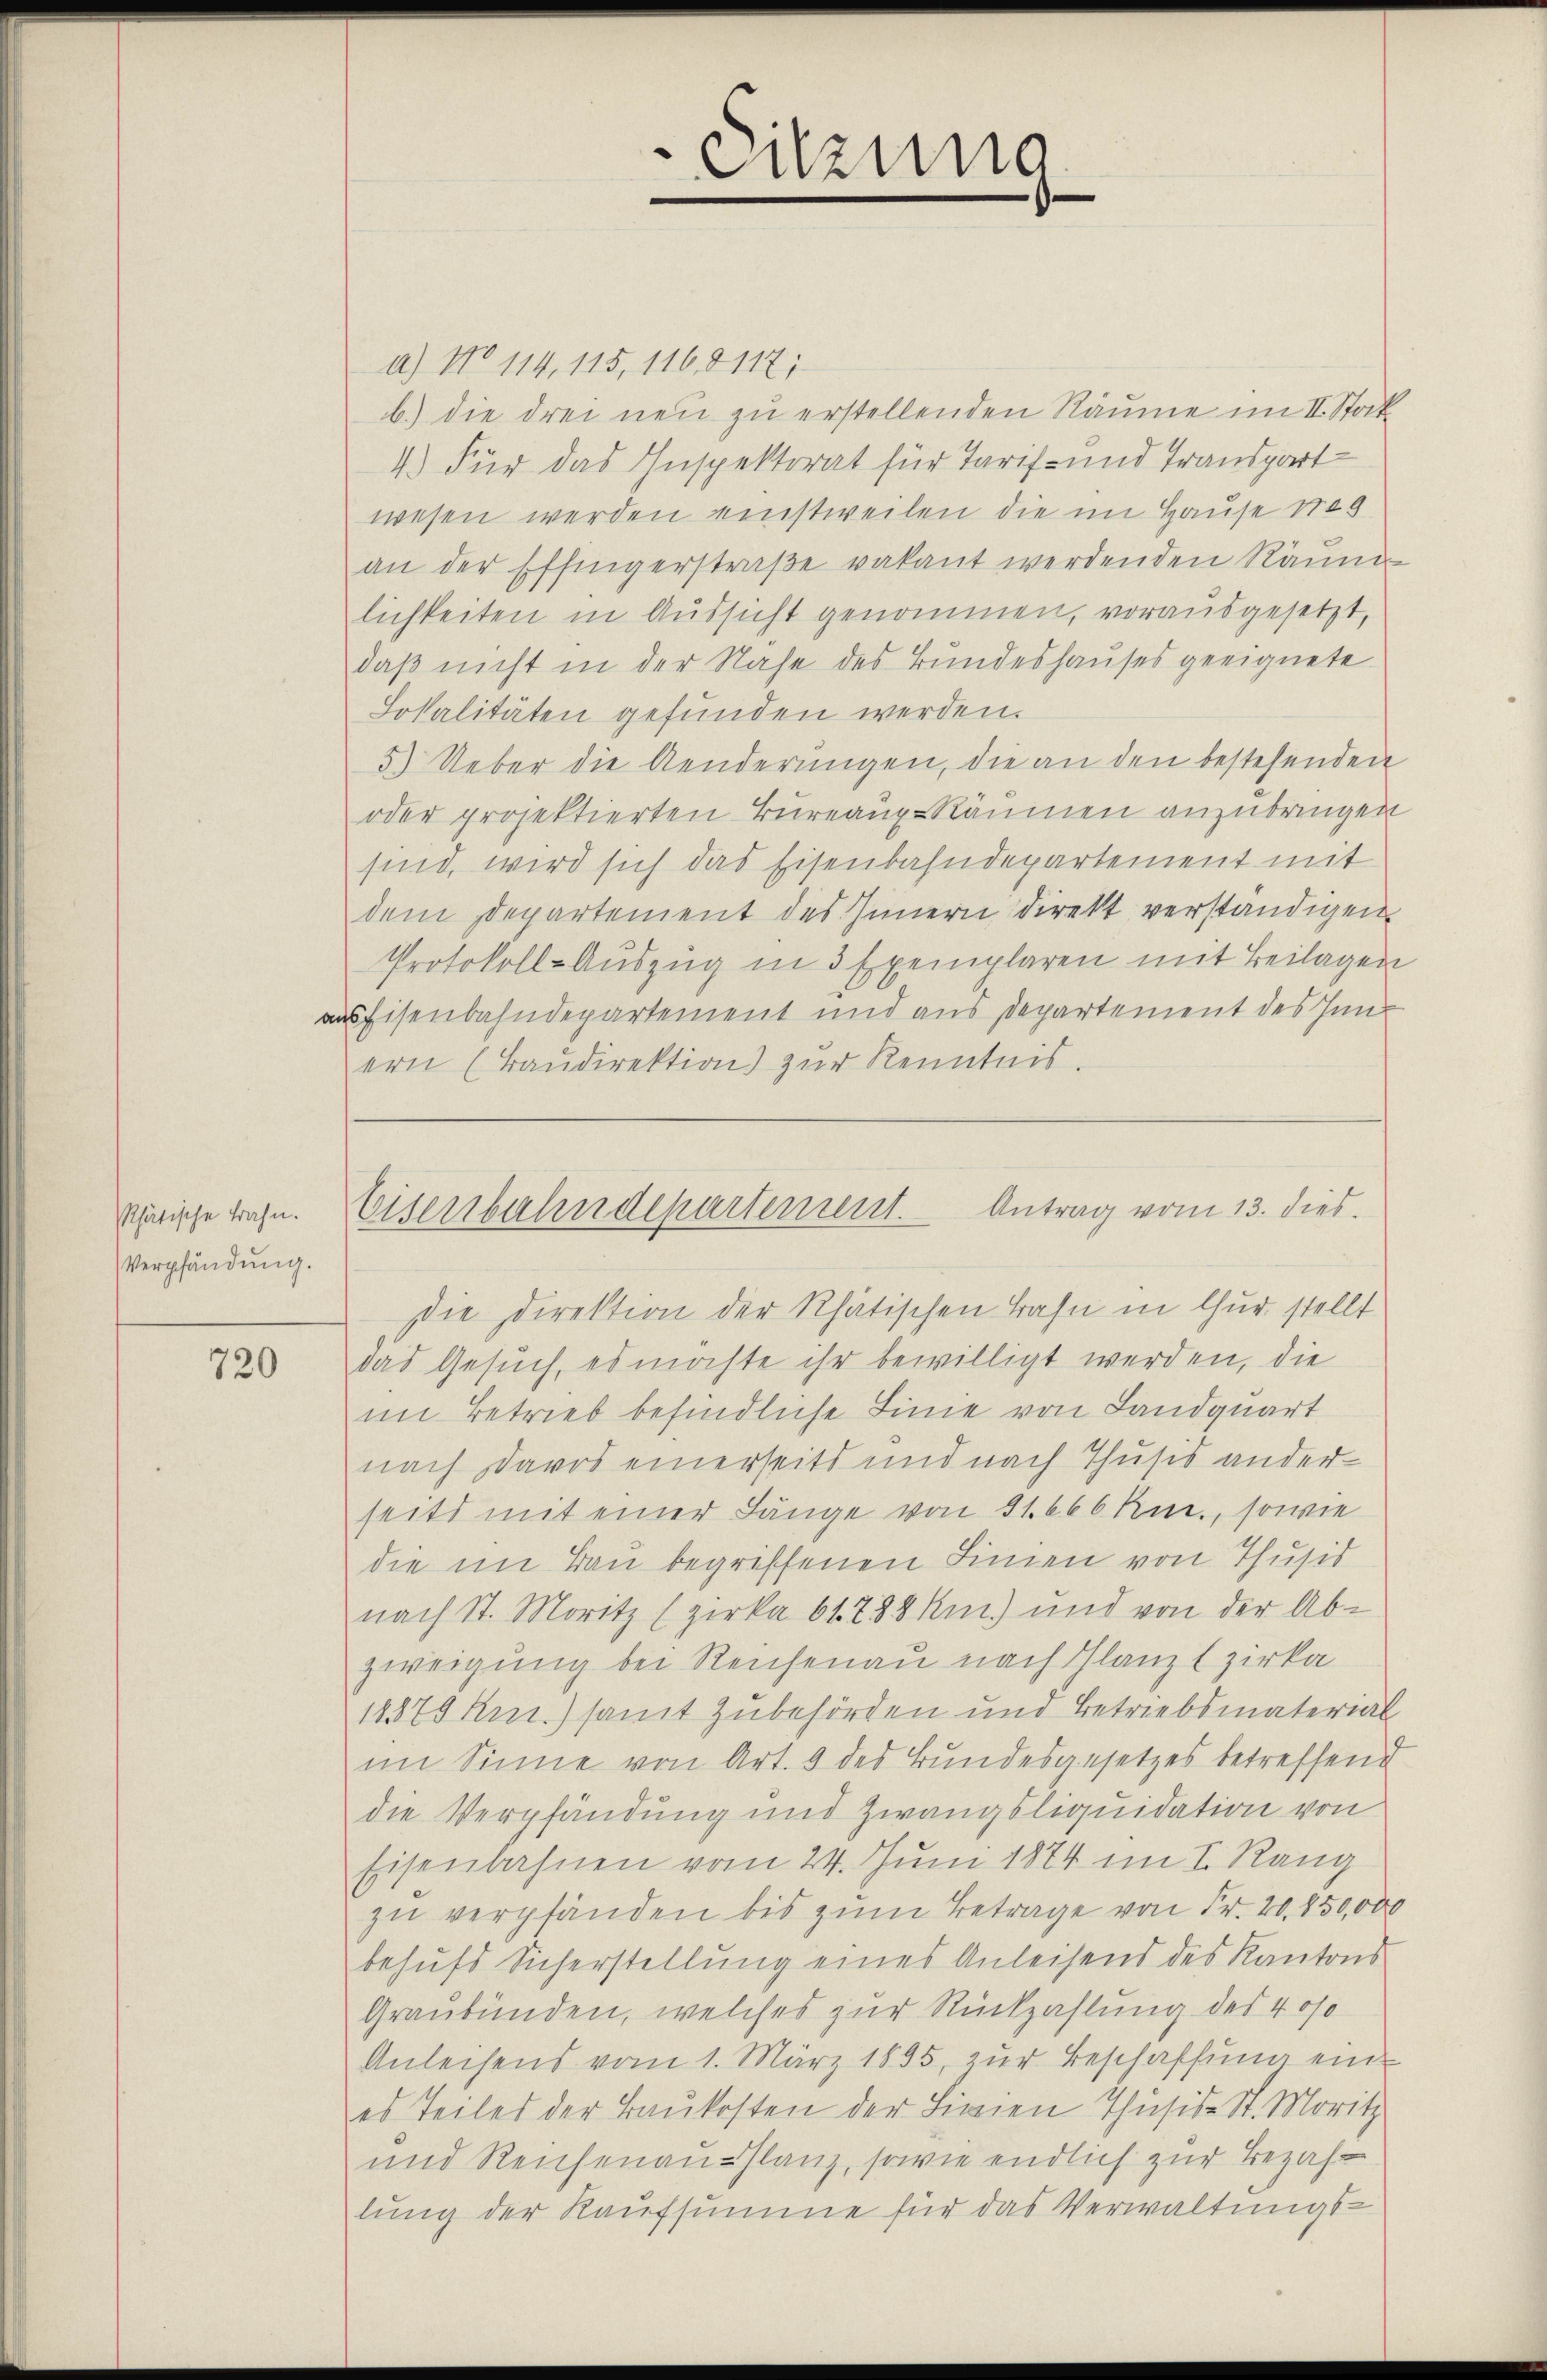
Phätische trafe.
Verpfändung.

720

a) No 114, 115, 116,8117;
b.) die drei neu zu erstellenden Räume im II. Stock
4.) Für das Inspektorat für Tarif- und Transpart
wesen werden einstweilen die im Hause No 9
an der Effingerstraβe vakant werdenden Räum
lichkeiten in Aussicht genommen, vorausgesetzt,
daß nicht in der Nahe des Bundeshauses geeignete
Losalitäten gefunden werden.
5) Ueber die Aenderungen, die an den bestehenden
oder projektierten Büreaux-Räumen anzubringen
sind, wird sich das Eisenbahndepartement mit
dem Departement des Innern direkt verständigen
Protokoll-Auszug in 3 Exemplaren mit Beilagen
ausfisenbahndepartement und aus Departement des Innern (Baŭdirektion) zur Kenntnis.

¬
eizung

Eisenbahndepartement. Antrag vom 13. dies

Die Direktion der Rhätischen Bahn in Chur stellt
das Gesuch, es möchte ihr bewilligt werden, die
im Betrieb befindliche Linie von Landquart
nach Davos einerseits und nach Thusis anderseits mit einer Länge von 31. 666 Kn., sowie
die im Bau begreffenen Finien von Thusis
nach St. Moritz (zirka 61. 288 km.) und von der Ab-
zweigung bei Reichenau nach Glanz zirka
11870 Rui.) samt zubehörden und Betriebsmaterial
im Sinne von Art. 9 des Bundesgesetzes betreffend
die Verpfändung und Zwangsliquidation von
Eisenbahnen vom 24. Juni 1874 im I. Rang
zu verpfänden bis zum Betrage von Fr. 20. 850,000
behufs Sicherstellung eines Anleisend des Kantons
Graubünden, welches zur Rückzahlung des 4 os
Anleisens vom 1. März 1895, zur Beschaffung eines Teiles der Baukosten der Linien Thusis. St. Moritz
und Reichenau-Glanz, sowie endlich zur Bezahlung der Kaufsumme für das Verwaltungs¬